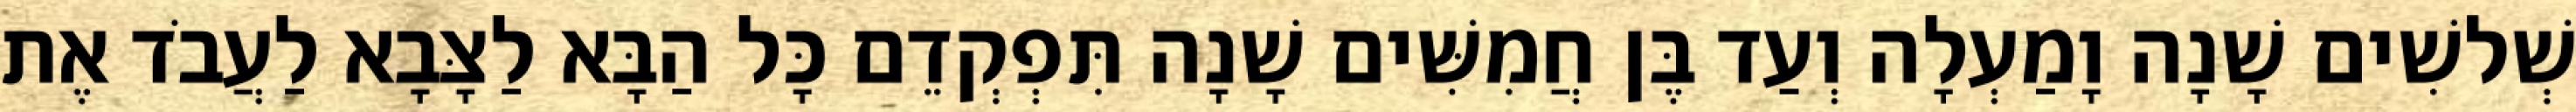
שְׁלשִׁים שָׁנָה וָמַעְלָה וְעַד בֶּן חֲמִשִּׁים שָׁנָה תִּפְקְדֵם כָּל הַבָּא לַצָּבָא לַעֲבֹד אֶת